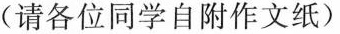
(请各位同学自附作文纸)